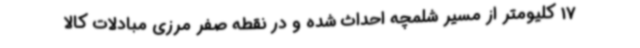
17 کلیومتر از مسیر شلمچه احداث شده و در نقطه صفر مرزی مبادلات کالا